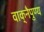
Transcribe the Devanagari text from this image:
वाक्‌नैपुण्य